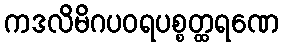
ကဒလိမိဂပဝရပစ္စတ္ထရဏေ